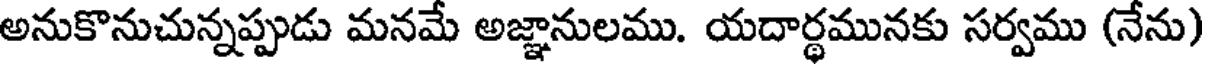
అనుకొనుచున్నప్పుడు మనమే అజ్ఞానులము. యదార్థమునకు సర్వము (నేను)